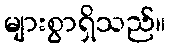
များစွာရှိသည်။